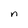
Character: n